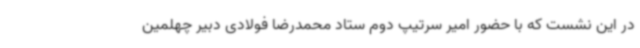
در این نشست که با حضور امیر سرتیپ دوم ستاد محمدرضا فولادی دبیر چهلمین